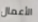
الأعمال